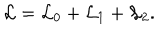
{ \cal L } = { \cal L } _ { 0 } + { \cal L } _ { 1 } + { \cal L } _ { 2 } .